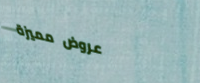
عروض مميزة